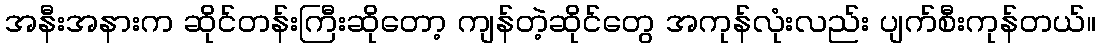
အနီးအနားက ဆိုင်တန်းကြီးဆိုတော့ ကျန်တဲ့ဆိုင်တွေ အကုန်လုံးလည်း ပျက်စီးကုန်တယ်။